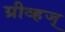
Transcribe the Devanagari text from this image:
ग्रीव्हज्